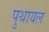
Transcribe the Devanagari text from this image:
पुथायल